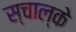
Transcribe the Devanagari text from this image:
स्चाल्के